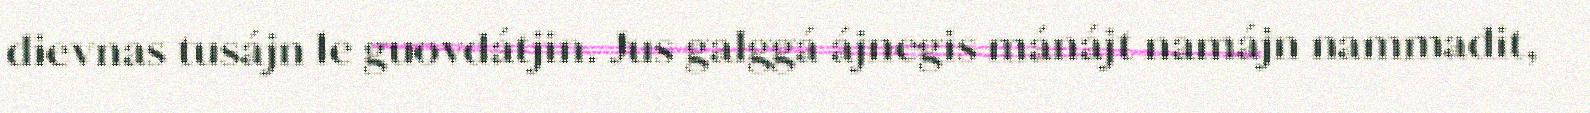
dievnas tusájn le guovdátjin. Jus galggá ájnegis mánájt namájn nammadit,